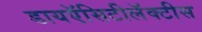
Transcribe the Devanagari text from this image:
डायऍसिटीलॅक्‍टीस